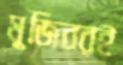
মুজিবরই